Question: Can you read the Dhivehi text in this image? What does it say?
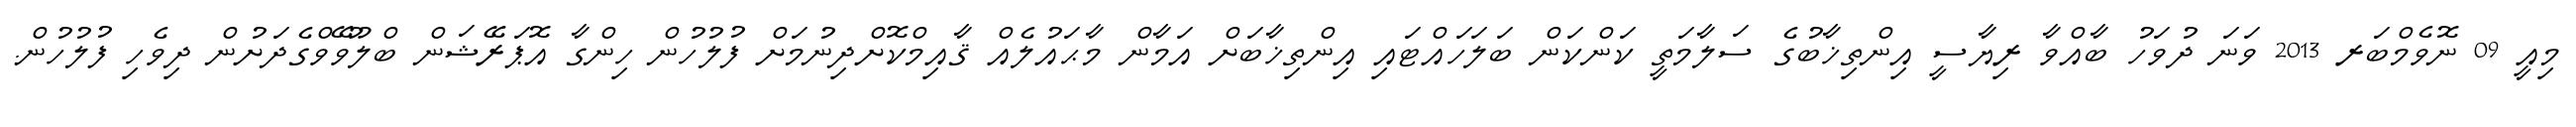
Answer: މިއީ 09 ނޮވެމްބަރ 2013 ވަނަ ދުވަހު ބާއްވާ ރިޔާސީ އިންތިޚާބުގެ ސަލާމަތީ ކަންކަން ބަލަހައްޓައި އިންތިޚާބަށް އަމާން މާޙައުލެއް ޤާއިމްކޮށްދިނުމަށް ފުލުހުން ހިންގާ އޮޕަރޭޝަން ބްލޫވޭވްގެދަށުން ދިވެހި ފުލުހުން.